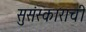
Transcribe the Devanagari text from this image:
सुसंस्काराची